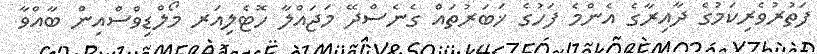
ފަތުރުވެރިކަމުގެ ދާއިރާގެ އެންމެ ފަހުގެ ޚަބަރުތައް ގެނެސްދޭ މަޖައްލާ ހޮޓެލިއަރ މޯލްޑިވްސްއިން ބާއްވާ